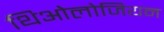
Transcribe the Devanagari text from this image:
थिओलोजियन